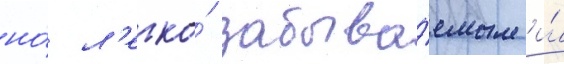
но́ л'егко́ забыва́емым и́